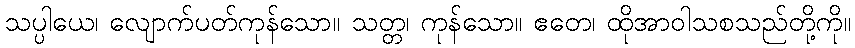
သပ္ပါယေ၊ လျောက်ပတ်ကုန်သော။ သတ္တ၊ ကုန်သော။ ဧတေ၊ ထိုအာဝါသစသည်တို့ကို။